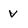
Character: V